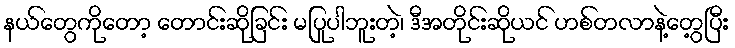
နယ်တွေကိုတော့ တောင်းဆိုခြင်း မပြုပါဘူးတဲ့၊ ဒီအတိုင်းဆိုယင် ဟစ်တလာနဲ့တွေ့ပြီး